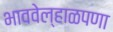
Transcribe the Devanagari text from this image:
भाववेल्हाळपणा